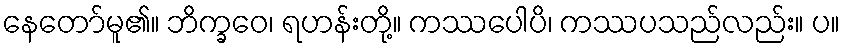
နေတော်မူ၏။ ဘိက္ခဝေ၊ ရဟန်းတို့။ ကဿပေါပိ၊ ကဿပသည်လည်း။ ပ။